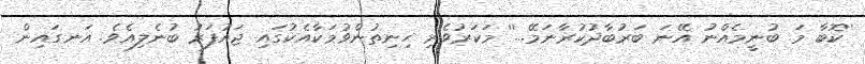
''ކޮބާ މަ ބުނީމެއްނު އޭނަ ބަރުބާދުކުރާނަމޭ...'' މަކަރުވެރި ހިނިތުންވުމަކާއެކުގައި ޖައުފަރު ބުނެލިއެވެ. އަނގައިން